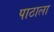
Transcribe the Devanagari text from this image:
पाठाला